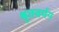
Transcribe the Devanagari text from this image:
श्रुतवर्मन